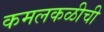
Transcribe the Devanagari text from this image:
कमलकळीची